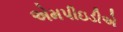
એમપીઇડીએ